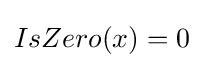
IsZero(x)=0